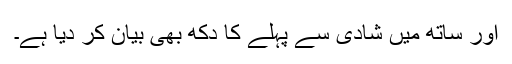
اور ساتھ میں‌ شادی سے پہلے کا دکھ بھی بیان کر دیا ہے۔